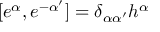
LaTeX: [ e ^ { \alpha } , e ^ { - \alpha ^ { \prime } } ] = \delta _ { \alpha \alpha ^ { \prime } } h ^ { \alpha }